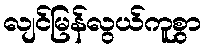
လျင်မြန်လွယ်ကူစွာ